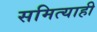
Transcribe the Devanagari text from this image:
समित्याही